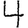
Digit: 4